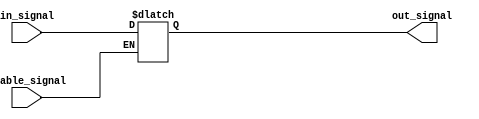
module buffer_with_enable (
  input wire in_signal,
  input wire enable_signal,
  output reg out_signal
);

always @ (enable_signal or in_signal)
begin
  if (enable_signal)
    out_signal <= in_signal;
end

endmodule